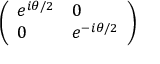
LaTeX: \left( \begin{array} { l l } { e ^ { i \theta / 2 } } & { 0 } \\ { 0 } & { e ^ { - i \theta / 2 } } \end{array} \right)